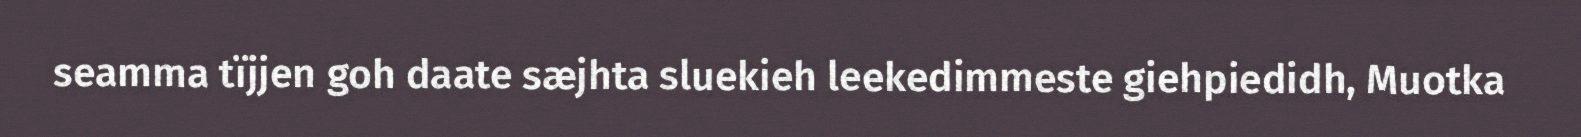
seamma tïjjen goh daate sæjhta sluekieh leekedimmeste giehpiedidh, Muotka